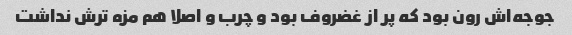
جوجه‌اش رون بود که پر از غضروف بود و چرب و اصلا هم مزه ترش نداشت